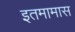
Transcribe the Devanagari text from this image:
इतमामास